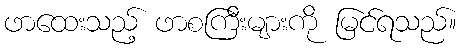
ဖာထေးသည့် ဖာစကြီးများကို မြင်ရသည်။